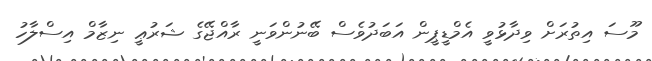
މޫސަ އިތުރަށް ވިދާޅުވީ އެމްޑީޕީން އަބަދުވެސް ބޭނުންވަނީ ރާއްޖޭގެ ޝަރުޢީ ނިޒާމް އިސްލާހު